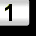
Digit: 1